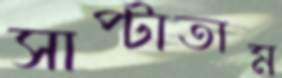
সাপ্‌টাতাম